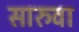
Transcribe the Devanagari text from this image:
सारुवा